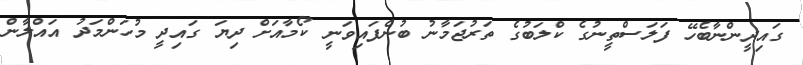
ގައިދީންނާބެހޭ ފަލަސްތީނުގެ ކްލަބުގެ ތަރުޖަމާނު ބުނެފައިވަނީ ކޯމާއަށް ދިޔަ ގައިދީ މުހަންމަދު އައްލާން